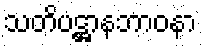
သတိပဋ္ဌာနဘာဝနာ